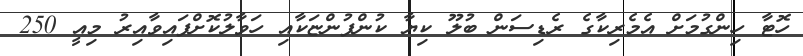
ހޮޓާ ހިންގުމަށް އެމެރިކާގެ ރެޑިސަން ބުލޫ ކިޔާ ކުންފުންޏަކާއި ހަވާލުކޮށްފައިވާއިރު މިއީ 250